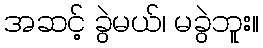
အဆင့် ခွဲမယ်၊ မခွဲဘူး။